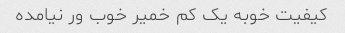
کیفیت خوبه یک کم خمیر خوب ور نیامده